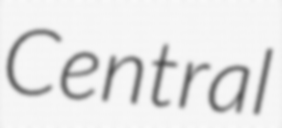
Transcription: Central